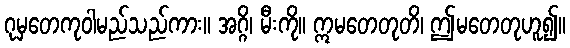
ဂုမှတေကုဝါမည်သည်ကား။ အဂ္ဂိ၊ မီးကို။ ဣမတေတုတိ၊ ဤမတေတုဟူ၍။